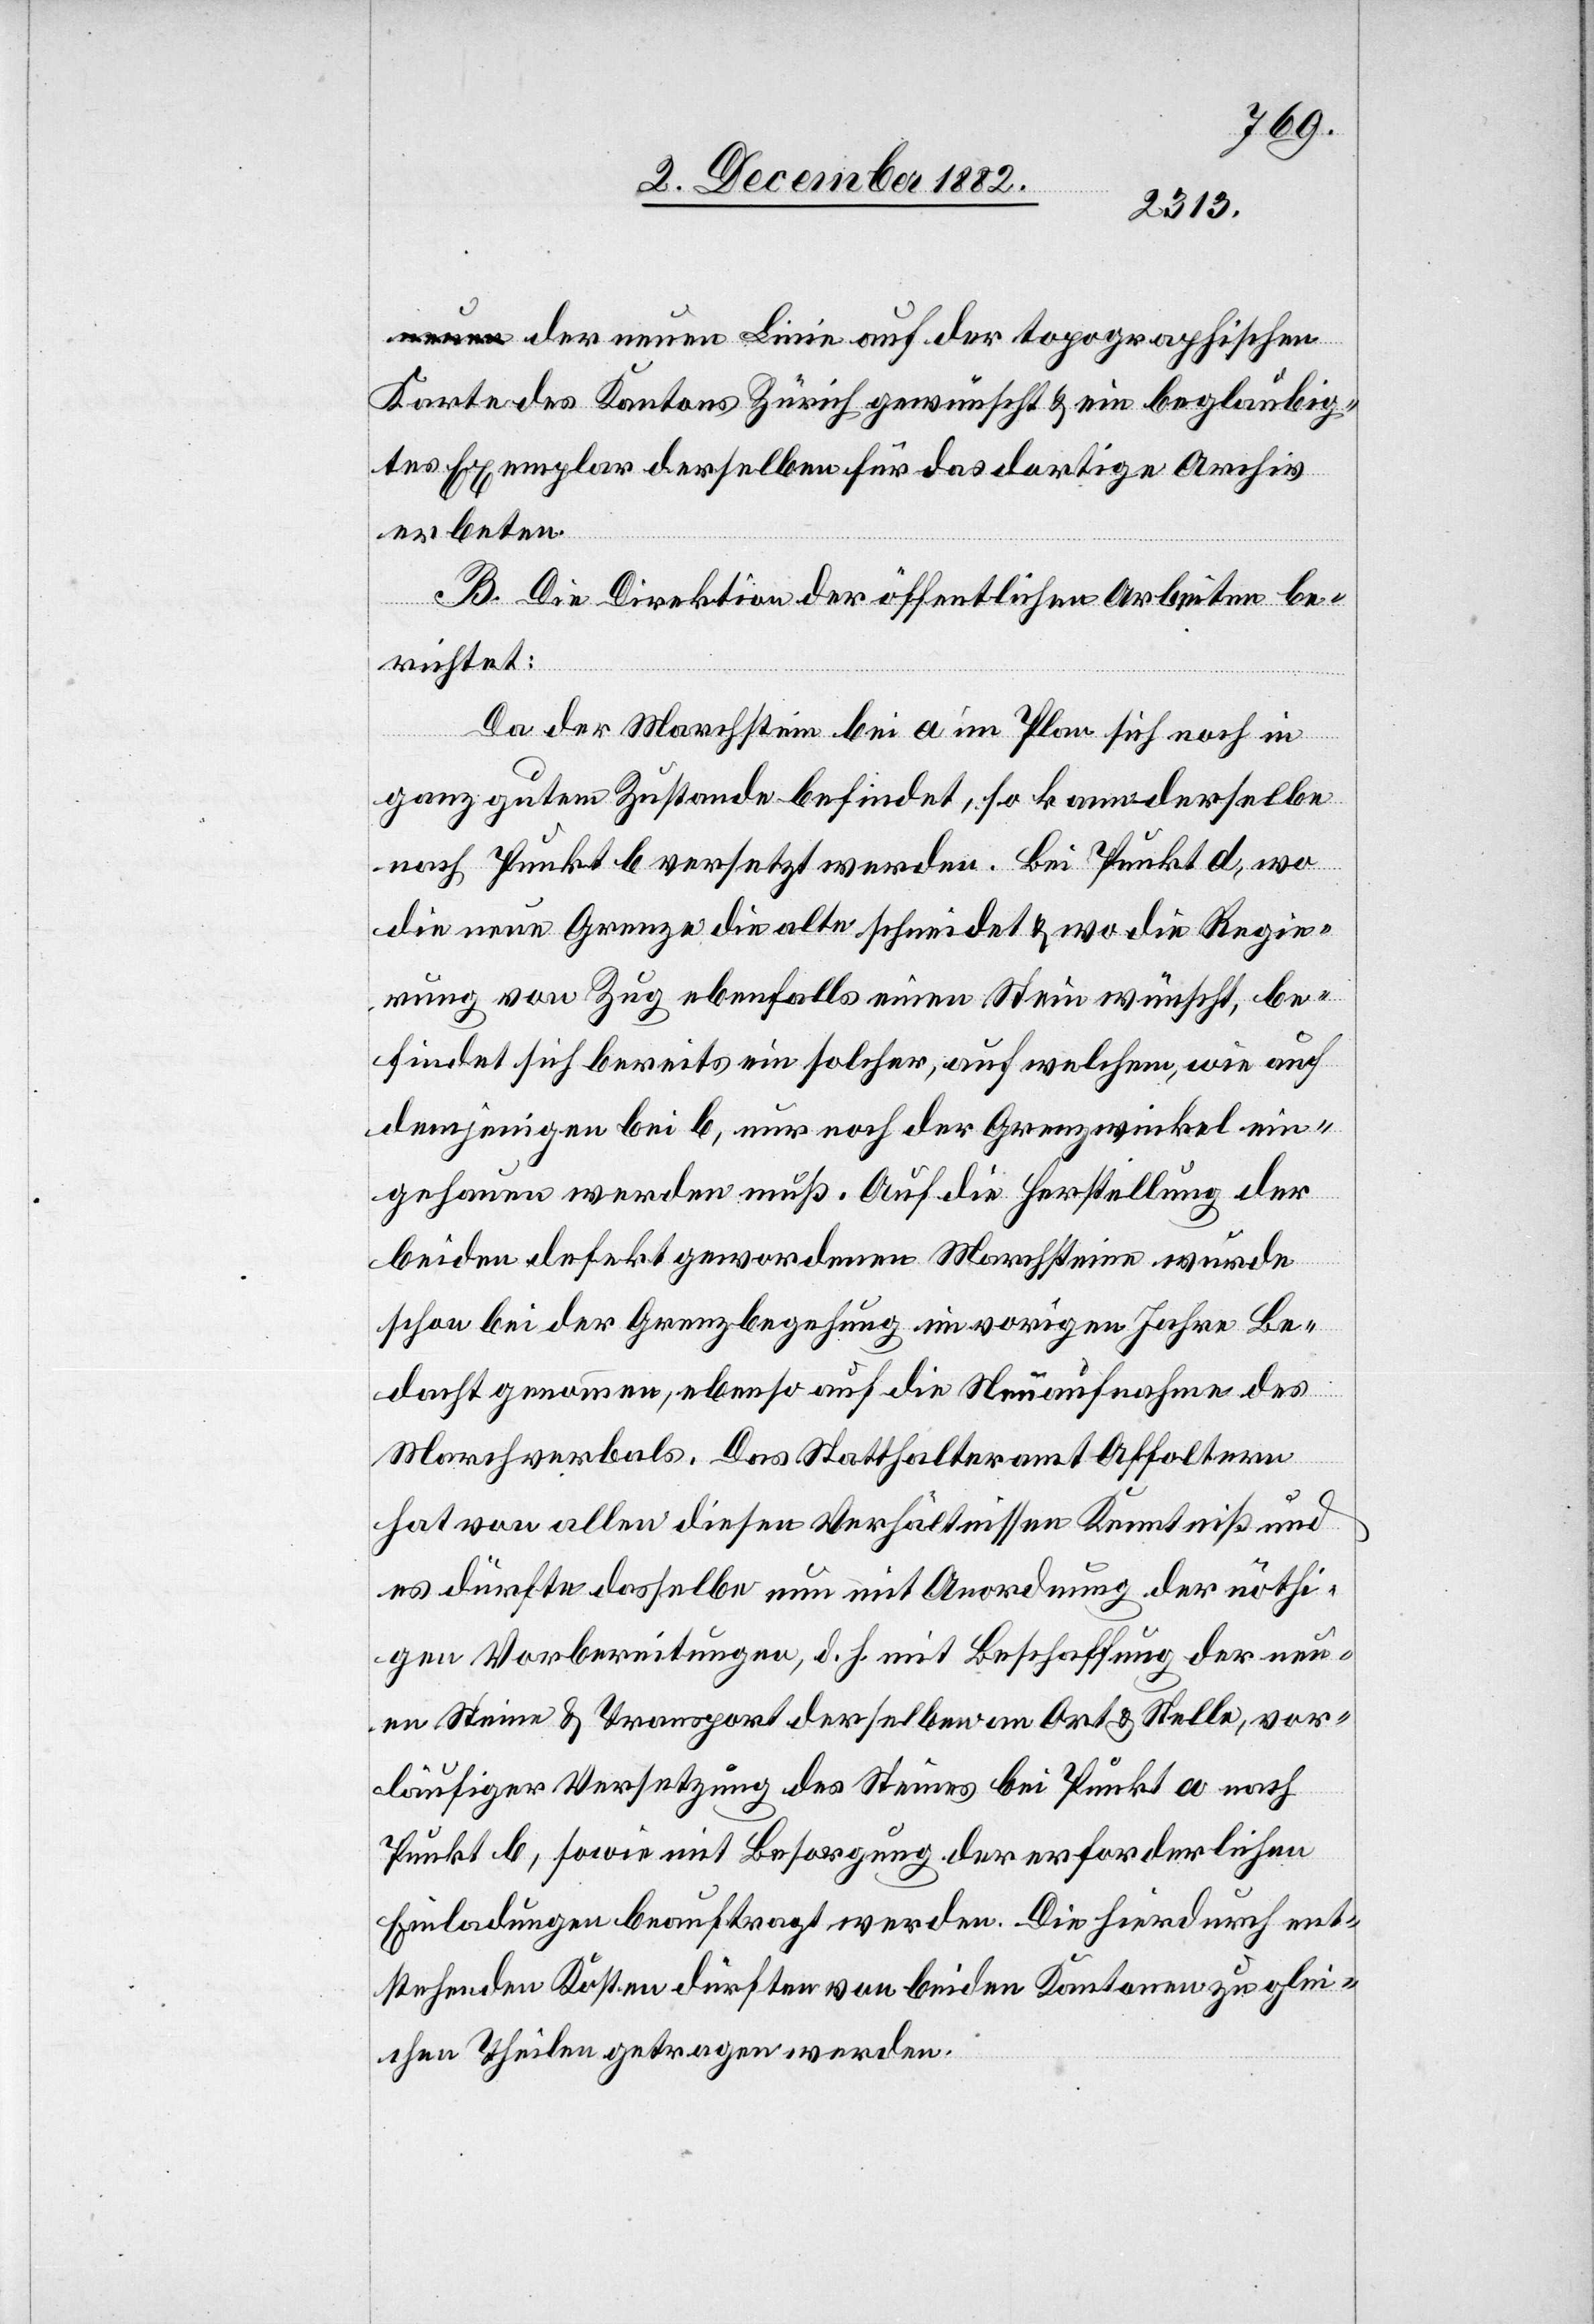
der neuen Linie auf der topographischen
Karte des Kantons Zürich gewünscht & ein beglaubig¬
tes Exemplar derselben für das dortige Archiv
erbeten.
B. Die Direktion der öffentlichen Arbeiten be¬
richtet:
Da der Marchstein bei a im Plan sich noch in
ganz gutem Zustande befindet, so kann derselbe
nach Punkt b versetzt werden. Bei Punkt d, wo
die neue Grenze die alte schneidet & wo die Regie¬
rung von Zug ebenfalls einen Stein wünscht, be¬
findet sich bereits ein solcher, auf welchem, wie auf
demjenigen bei b, nur noch der Grenzwinkel ein¬
gehauen werden muß. Auf die Herstellung der
beiden defekt gewordenen Marchsteine wurde
schon bei der Grenzbegehung im vorigen Jahre Be¬
dacht genommen, ebenso auf die Neuaufnahme des
Marchverbals. Das Statthalteramt Affoltern
hat von allen diesen Verhältnissen Kenntniß und
es dürfte dasselbe nun mit Anordnung der nöthi¬
gen Vorbereitungen, d. h. mit Beschaffung der neu¬
en Steine & Transport derselben an Ort & Stelle, vor¬
läufiger Versetzung des Steines bei Punk a nach
Punkt b, sowie mit Besorgung der erforderlichen
Einladungen beauftragt werden. Die hierdurch ent¬
stehenden Kosten dürften von beiden Kantonen zu glei¬
chen Theilen getragen werden.